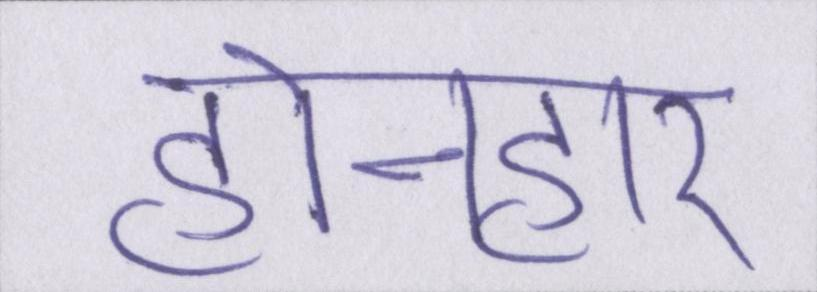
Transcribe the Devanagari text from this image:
होनहार